Indian journal of veterinary science and animal husbandry - Volumes 22-23, 1952-1953
Year: 1952
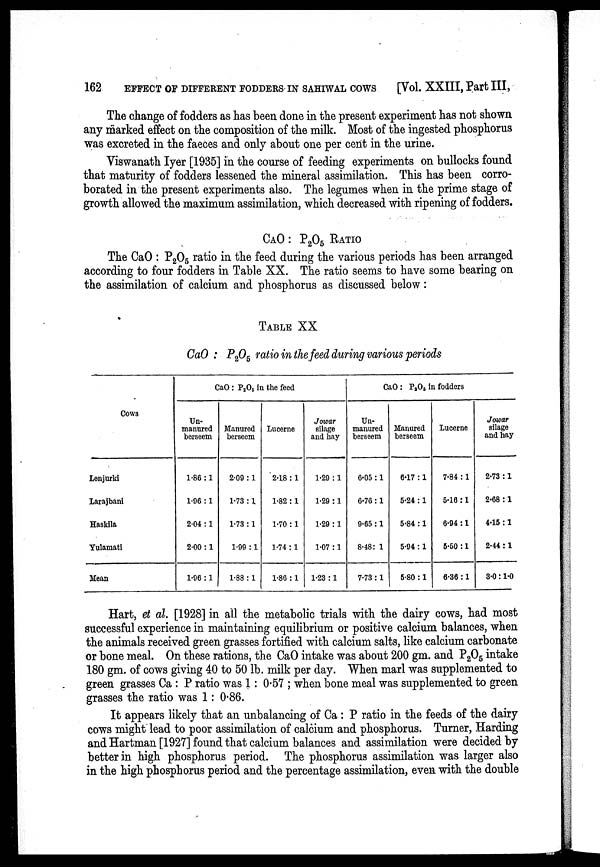
162
EFFECT OF DIFFERENT FODDERS IN SAHIWAL COWS
[Vol. XXIII, Part III,
The change of fodders as has been done in the present experiment has not shown
any marked effect on the composition of the milk. Most of the ingested phosphorus
was excreted in the faeces and only about one per cent in the urine.
Viswanath Iyer [1935] in the course of feeding experiments on bullocks found
that maturity of fodders lessened the mineral assimilation. This has been corro-
borated in the present experiments also. The legumes when in the prime stage of
growth allowed the maximum assimilation, which decreased with ripening of fodders.
CAO : P 2 O 5 RATIO
The CaO : P 2 O 5 ratio in the feed during the various periods has been arranged
according to four fodders in Table XX. The ratio seems to have some bearing on
the assimilation of calcium and phosphorus as discussed below:
TABLE XX
CaO : P 2 O 5 ratio in the feed during various periods
COWS
Lenjurki
Larajbani
Haskila
Yulamati
Mean
CaO : P 2 O 5 in the feed
Un-
manured
berseem
1.86 : 1
1.96 : 1
2.04 : 1
2.00 : 1
1.96 : 1
Manured
berseem
2.09 : 1
1.73 : 1
1.73 : 1
1.99 : 1
1.88 : 1
Lucerne
2.18 : 1
1.82 : 1
1.70 : 1
1.74 : 1
1.86 : 1
Jowar
silage
and hay
1.29 : 1
1.29 : 1
1.29 : 1
1.07 : 1
1.23 : 1
CaO: P 2 O 5 in fodders
Un-
manured
berseem
6.05 : 1
6.76 : 1
9.65 : 1
8.48: 1
7.73 : 1
Manured
berseem
647 : 1
5.24 : 1
5.84 : 1
5.94: 1
5.80 : 1
Lucerne
7.84 : 1
5.16: 1
6.94: 1
5.50 : 1
6.36 : 1
Jowar
silage
and hay
2.73 : 1
2.68 : 1
4.15 : 1
2.44 : 1
3.0 : 1.0
Hart, et al. [1928] in all the metabolic trials with the dairy cows, had most
successful experience in maintaining equilibrium or positive calcium balances, when
the animals received green grasses fortified with calcium salts, like calcium carbonate
or bone meal. On these rations, the CaO intake was about 200 gm. and P 2 O 5 intake
180 gm. of cows giving 40 to 50 lb. milk per day. When marl was supplemented to
green grasses Ca : P ratio was 1 : 0.57 ; when bone meal was supplemented to green
grasses the ratio was 1: 0.86.
It appears likely that an unbalancing of Ca : P ratio in the feeds of the dairy
cows might lead to poor assimilation of calcium and phosphorus. Turner, Harding
and Hartman [1927] found that calcium balances and assimilation were decided by
better in high phosphorus period. The phosphorus assimilation was larger also
in the high phosphorus period and the percentage assimilation, even with the double